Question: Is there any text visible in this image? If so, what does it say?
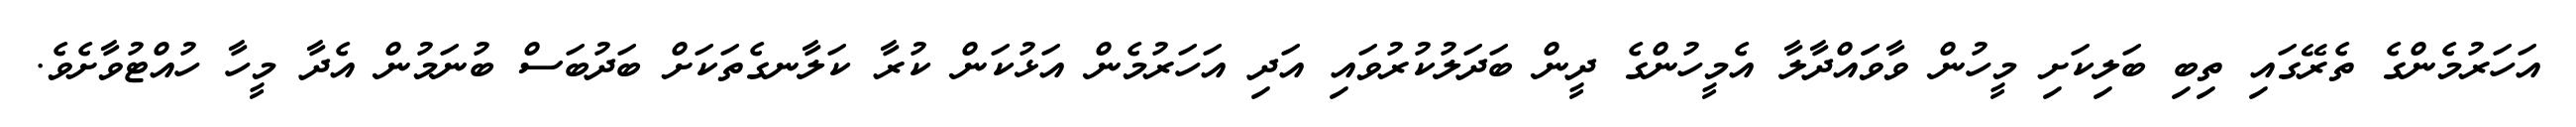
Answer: އަހަރުމެންގެ ތެރޭގައި ތިބި ބަލިކަށި މީހުން ވާވަައްދާލާ އެމީހުންގެ ދީން ބަދަލުކުރުވައި އަދި އަހަރުމެން އަޅުކަން ކުރާ ކަލާނގެތަކަށް ބަދުބަސް ބުނަމުން އެދާ މީހާ ހުއްޓުވާށެވެ.